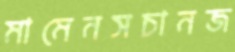
মামেনসচানজ